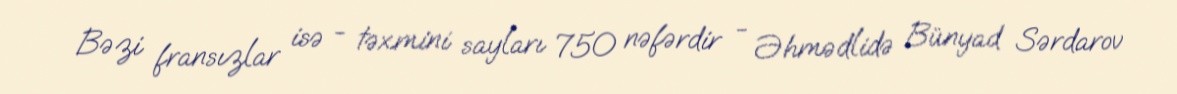
Bəzi fransızlar isə - təxmini sayları 750 nəfərdir - Əhmədlidə Bünyad Sərdarov